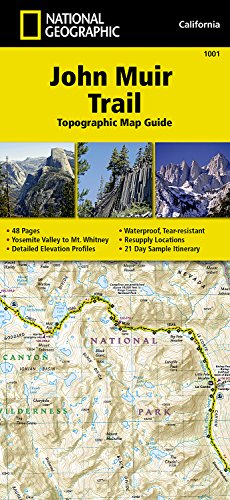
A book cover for John Muir Trail Topographic Map Guide (National Geographic Trails Illustrated Map); National Geographic Maps - Trails Illustrated; Reference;